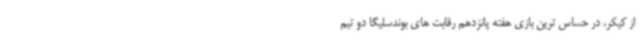
از کیکر، در حساس ترین بازی هفته پانزدهم رقابت های بوندسلیگا دو تیم